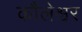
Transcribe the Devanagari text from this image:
कौलेश्वर